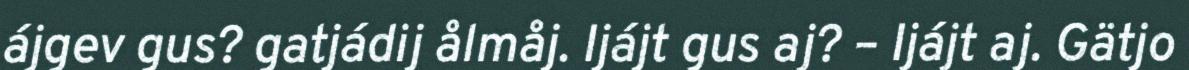
ájgev gus? gatjádij ålmåj. Ijájt gus aj? – Ijájt aj. Gätjo